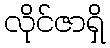
လိုင်ဇာရှိ